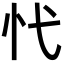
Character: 𢖺